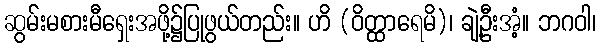
ဆွမ်းမစားမီရှေးအဖို့၌ပြုဖွယ်တည်း။ ဟိ (ဝိတ္ထာရေမိ)၊ ချဲ့ဦးအံ့။ ဘဂဝါ၊